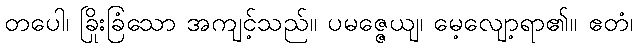
တပေါ၊ ခြိုးခြံသော အကျင့်သည်။ ပမဇ္ဇေယျ၊ မေ့လျော့ရာ၏။ ဧတံ၊